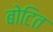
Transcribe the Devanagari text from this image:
बोटित